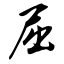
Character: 屈